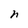
Character: h